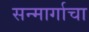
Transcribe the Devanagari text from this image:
सन्मार्गाचा